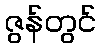
ဇွန်တွင်